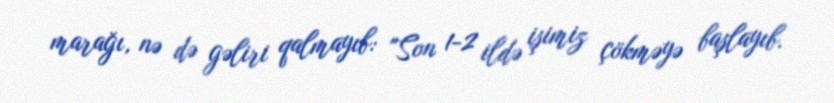
marağı, nə də gəliri qalmayıb: "Son 1-2 ildə işimiz çökməyə başlayıb.